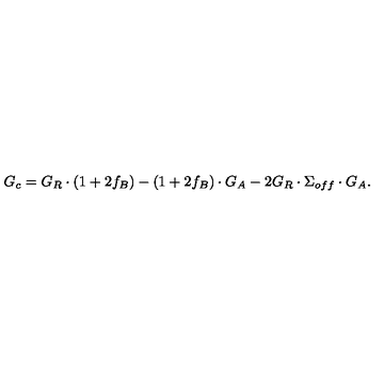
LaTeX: G _ { c } = G _ { R } \cdot ( 1 + 2 f _ { B } ) - ( 1 + 2 f _ { B } ) \cdot G _ { A } - 2 G _ { R } \cdot \Sigma _ { o f f } \cdot G _ { A } .